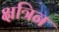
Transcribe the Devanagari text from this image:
क्षत्रिन